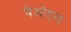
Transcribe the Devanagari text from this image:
येओएल